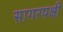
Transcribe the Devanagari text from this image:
सागरपक्षी